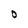
Character: O